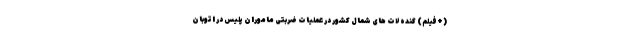
(+فیلم) گنده لات های شمال کشور در عملیات ضربتی ماموران پلیس در اتوبان